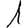
Digit: 1